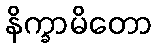
နိက္ခာမိတော